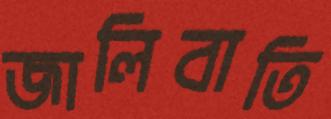
জালিবাতি